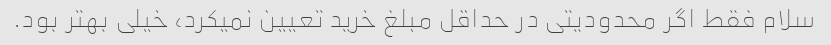
سلام فقط اگر محدودیتی در حداقل مبلغ خرید تعیین نمیکرد، خیلی بهتر بود.